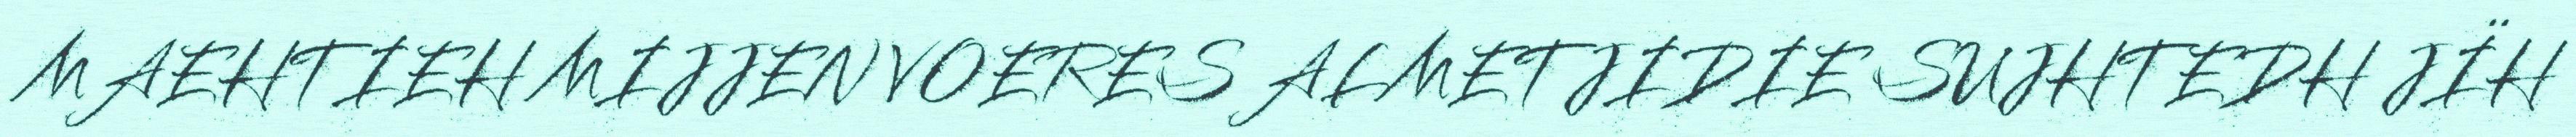
MAEHTIEH MIJJEN VOERES ALMETJIDIE SUJHTEDH JÏH